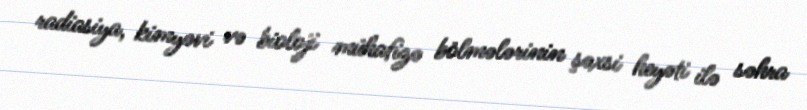
radiasiya, kimyəvi və bioloji mühafizə bölmələrinin şəxsi heyəti ilə səhra